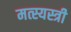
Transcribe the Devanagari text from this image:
मत्स्यस्त्री